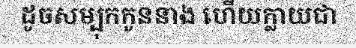
ដូចសម្បុកកូននាង ហើយក្លាយជា